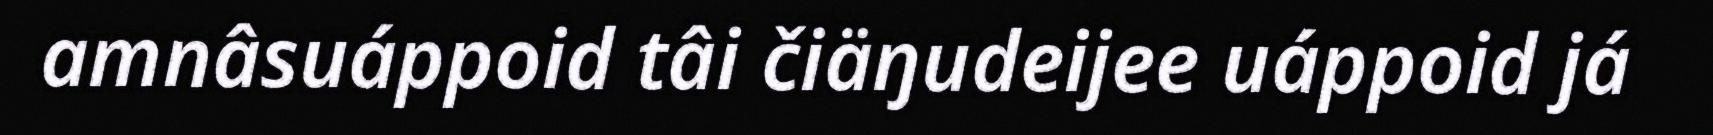
amnâsuáppoid tâi čiäŋudeijee uáppoid já